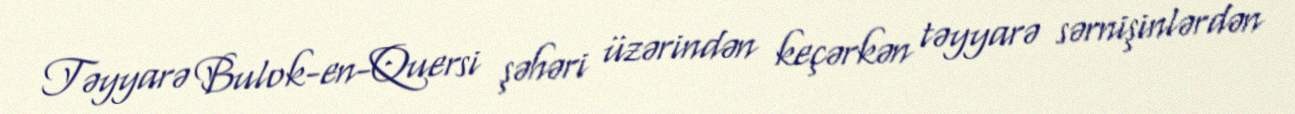
Təyyarə Bulok-en-Quersi şəhəri üzərindən keçərkən təyyarə sərnişinlərdən